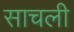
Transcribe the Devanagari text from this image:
साचली